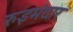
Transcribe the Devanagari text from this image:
रुइमंदार